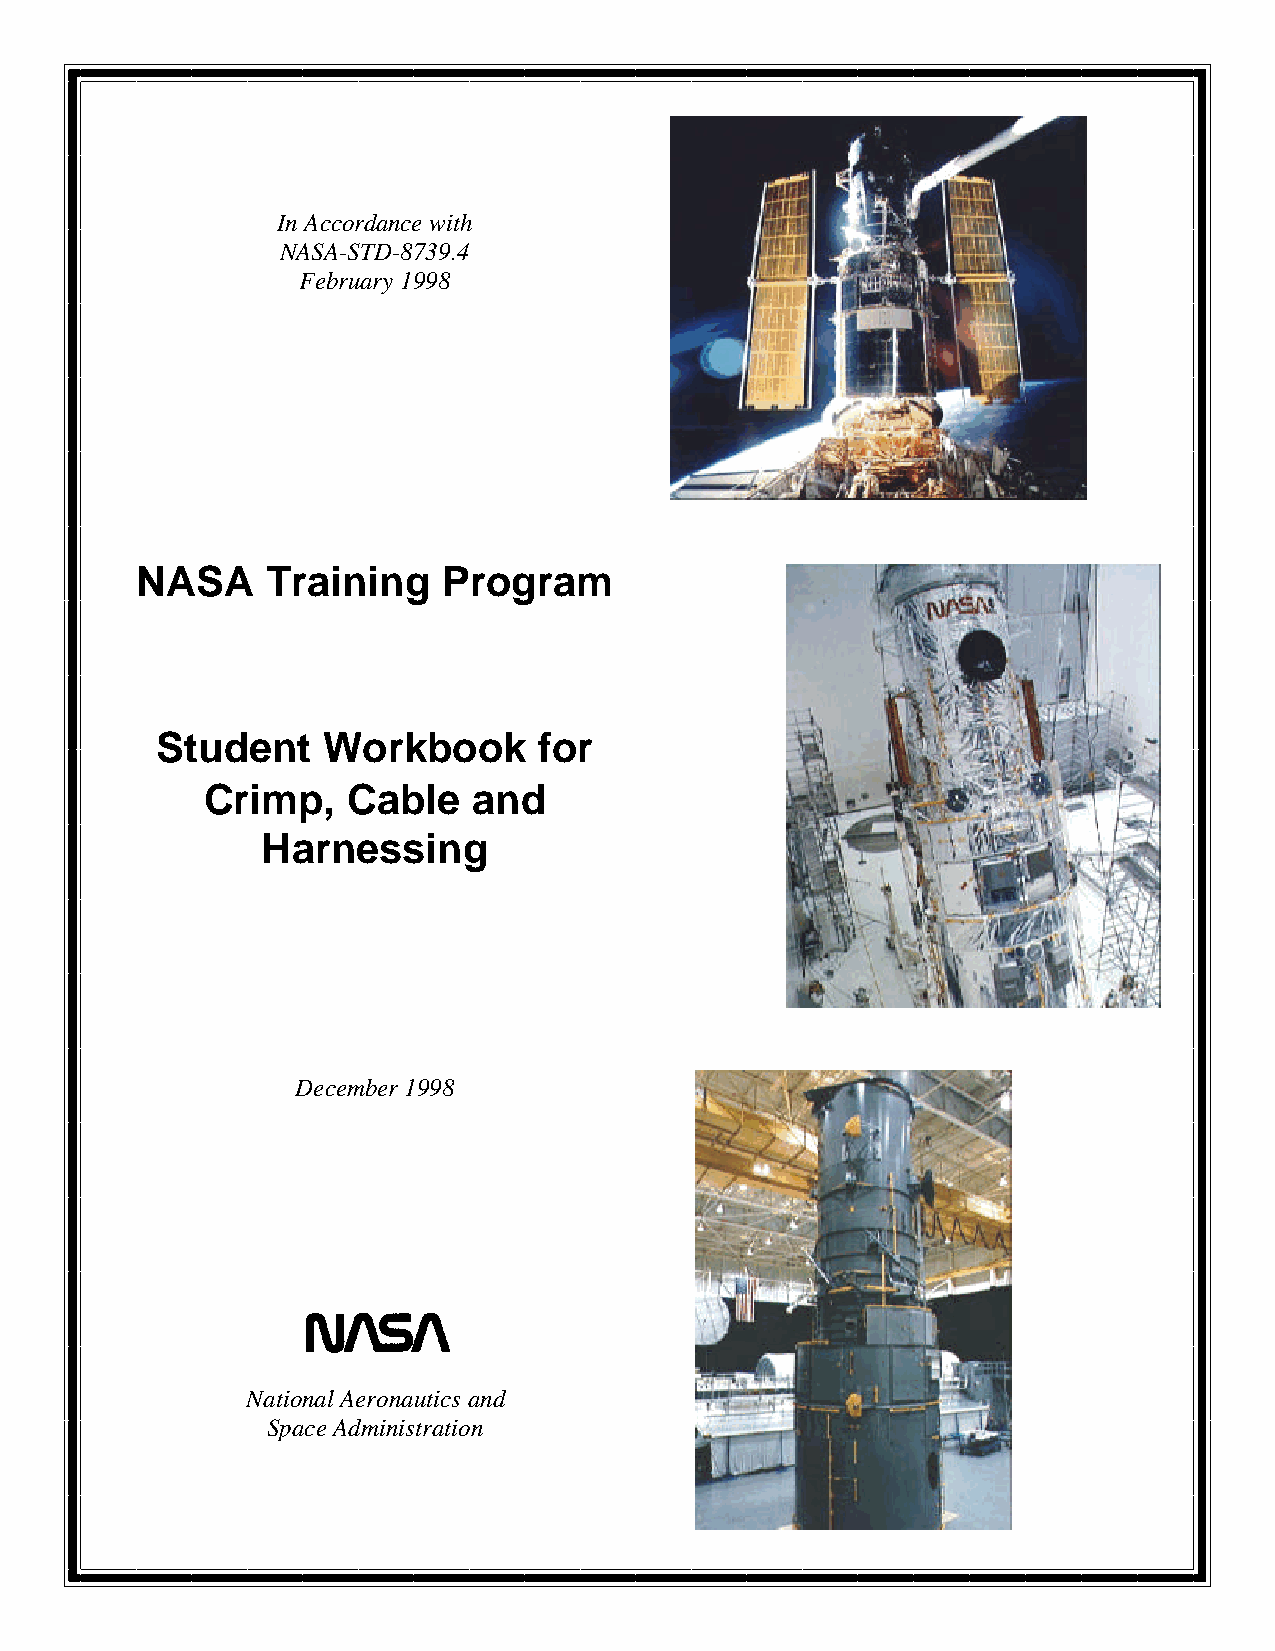
In Accordance with
 NASA-STD-8739.4
 February 1998
 NASA     Training   Program
 Student    Workbook       for
 Crimp,   Cable   and
 Harnessing
 December 1998
 National Aeronautics and
 Space Administration